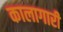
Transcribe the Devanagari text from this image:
कालागारी